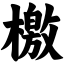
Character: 檄